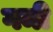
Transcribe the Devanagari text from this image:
गमी